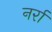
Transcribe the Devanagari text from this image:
नर्रा